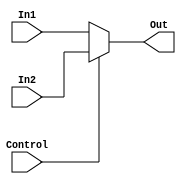

//17 dec, 10:57
module Mux(In1,In2,Control,Out);
input[31:0] In1,In2;
input Control;

output[31:0] Out;

reg[31:0] Out;

always @(Control or In1 or In2)
begin
if(Control)
Out <= In2;

else
Out <= In1;
end

endmodule



module Mux_5bit(In1,In2,Control,Out);
input[4:0] In1,In2;
input Control;

output[4:0] Out;

reg[4:0] Out;

always @(Control or In1 or In2)
begin
if(Control)
Out <= In2;

else
Out <= In1;
end

endmodule